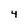
Character: 4